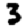
Digit: 3